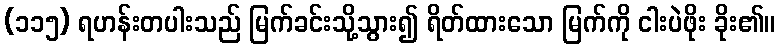
(၁၁၅) ရဟန်းတပါးသည် မြက်ခင်းသို့သွား၍ ရိတ်ထားသော မြက်ကို ငါးပဲဖိုး ခိုး၏။